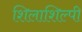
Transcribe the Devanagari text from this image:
शिलाशिल्पी